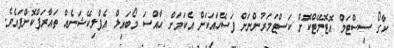
ކާގޯ ސިސްޓަމް އޮޓޮމޭޓްކޮށް ކަސްޓަމަރުންނަށް ފަސޭހައަކަށް އެކަމަށް ހާއްސަ މޯބައިލް އެޕްލިކޭޝަނެއް ތައާރަފްކޮށްފައެވެ.